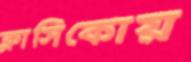
ক্লাসিকোয়